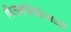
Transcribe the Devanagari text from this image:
पित्त्नलिकेमध्ये